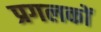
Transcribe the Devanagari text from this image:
प्रगलकों